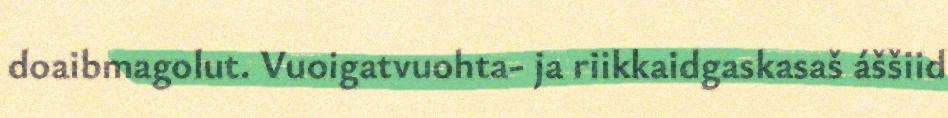
doaibmagolut. Vuoigatvuohta- ja riikkaidgaskasaš áššiid